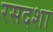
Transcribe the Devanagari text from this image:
रसदशा